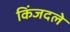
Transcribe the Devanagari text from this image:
किंजदले